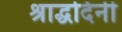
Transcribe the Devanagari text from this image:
श्राद्धदिनी